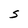
Character: S